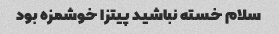
سلام خسته نباشید پیتزا خوشمزه بود